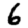
Digit: 6